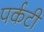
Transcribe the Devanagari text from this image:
पर्कटी